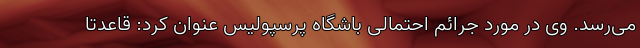
می‌رسد. وی در مورد جرائم احتمالی باشگاه پرسپولیس عنوان کرد: قاعدتاً